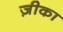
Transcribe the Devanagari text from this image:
ज़ीका